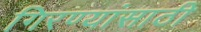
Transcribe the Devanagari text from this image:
गिरण्यांसाठी